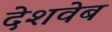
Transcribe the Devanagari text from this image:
देशवेब